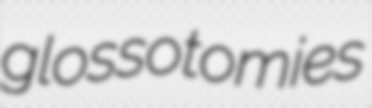
glossotomies